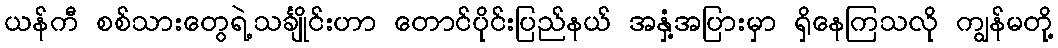
ယန်ကီ စစ်သားတွေရဲ့သင်္ချိုင်းဟာ တောင်ပိုင်းပြည်နယ် အနှံ့အပြားမှာ ရှိနေကြသလို ကျွန်မတို့